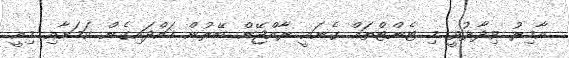
އާމިރު ވިދާޅުވީ މި ޓެންޓްތައް ގެނައީ ރާއްޖޭން ބޭރުން ހައްދައިގެން ކަމަށާއި މިއީ